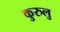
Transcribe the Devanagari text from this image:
कुरुलु